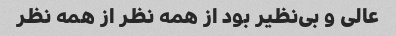
عالی و بی‌نظیر بود از همه نظر از همه نظر